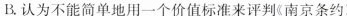
B.认为不能简单地用一个价值标准来评判《南京条约》